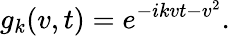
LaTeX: g_{k}(v,t)=e^{-ikvt-v^{2}}.